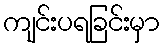
ကျင်းပရခြင်းမှာ